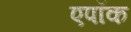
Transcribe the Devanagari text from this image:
एपॉक